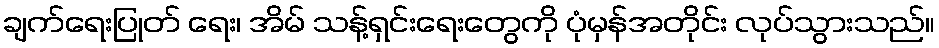
ချက်ရေးပြုတ် ရေး၊ အိမ် သန့်ရှင်းရေးတွေကို ပုံမှန်အတိုင်း လုပ်သွားသည်။